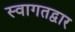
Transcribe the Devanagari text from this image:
स्वागतद्वार